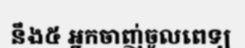
នឹង៥ អ្នកចាញ់ចូលពេទ្យ